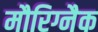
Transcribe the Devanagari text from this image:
मौरिग्नैक